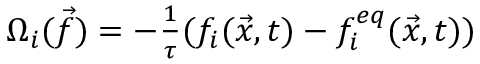
\begin{array} { r } { \Omega _ { i } ( \Vec { f } ) = - \frac { 1 } { \tau } ( f _ { i } ( \Vec { x } , t ) - f _ { i } ^ { e q } ( \Vec { x } , t ) ) } \end{array}